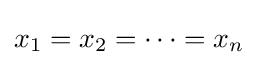
x_{1}=x_{2}=\cdots =x_{n}